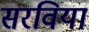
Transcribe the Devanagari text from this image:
सरविया